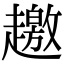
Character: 𧾐